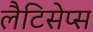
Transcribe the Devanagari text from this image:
लैटिसेप्स